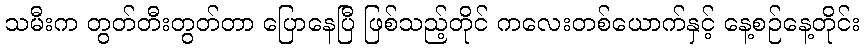
သမီးက တွတ်တီးတွတ်တာ ပြောနေပြီ ဖြစ်သည့်တိုင် ကလေးတစ်ယောက်နှင့် နေ့စဉ်နေ့တိုင်း